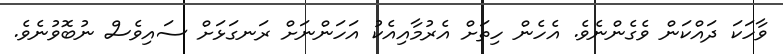
ވާހަކަ ދައްކަން ވެގެންނެވެ. އެހެން ހިތަށް އެރުމާއިއެކު އަހަންނަށް ރަނގަޅަށް ސައިވެސް ނުބޮވުނެވެ.